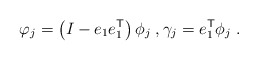
\begin{align*}\varphi_j = \left( I - e_1 e_1^{\sf T} \right) \phi_j \;, \gamma_j = e_1^{\sf T} \phi_j \;.\end{align*}